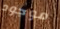
موجود